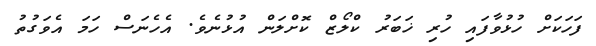
ފަހަކަށް ހުޅުވާފައި ހުރި ޚަބަރު ކްލޯޒް ކޮށްލަން އުޅުނެވެ. އެހެނަސް ހަމަ އެވަގުތު